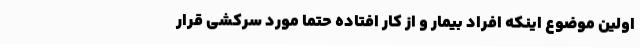
اولین موضوع اینکه افراد بیمار و از کار افتاده حتما مورد سرکشی قرار